画像に写った文字を読んでください
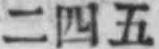
「二四五」と書いてあります